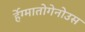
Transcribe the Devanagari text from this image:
र्हेग्मातोगेनोउस